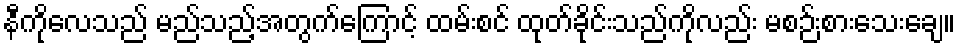
နီကိုလေသည် မည်သည့်အတွက်ကြောင့် ထမ်းစင် ထုတ်ခိုင်းသည်ကိုလည်း မစဉ်းစားသေးချေ။